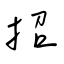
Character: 招